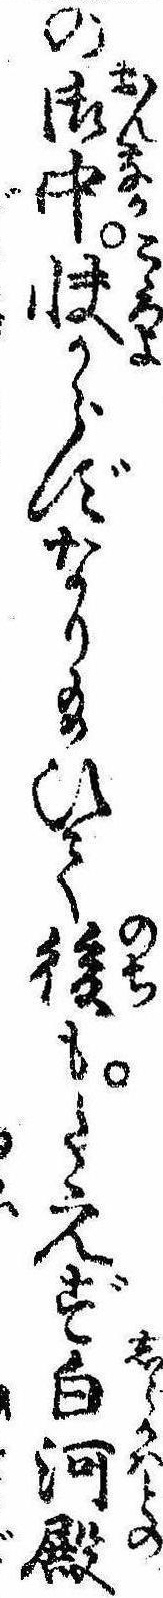
の御中快からずなり給ひて後もたえず白河殿